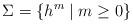
LaTeX: \begin{align*} \Sigma = \{h^m \mid m \geq 0\} \end{align*}